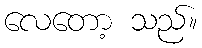
လေတော့ သည်။